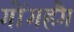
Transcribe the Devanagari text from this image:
गोंगहैंग